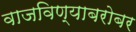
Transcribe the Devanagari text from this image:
वाजविण्याबरोबर